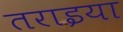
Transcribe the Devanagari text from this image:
तराइया